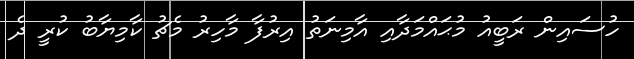
ހުސައިން ރަބީއު މުޙައްމަދާއި އާމިނަތު އިރުފާ މާހިރު މެޗު ކާމިޔާބު ކުރީ ދެ